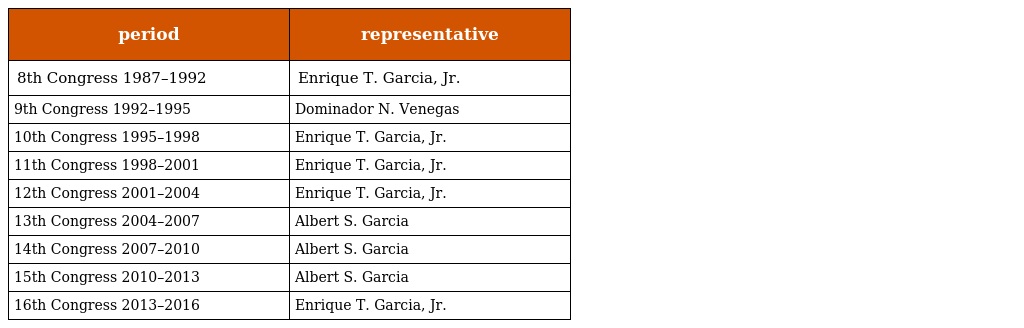
| period | representative |
 | --- | --- |
 | 8th Congress 1987–1992 | Enrique T. Garcia, Jr. |
 | 9th Congress 1992–1995 | Dominador N. Venegas |
 | 10th Congress 1995–1998 | Enrique T. Garcia, Jr. |
 | 11th Congress 1998–2001 | Enrique T. Garcia, Jr. |
 | 12th Congress 2001–2004 | Enrique T. Garcia, Jr. |
 | 13th Congress 2004–2007 | Albert S. Garcia |
 | 14th Congress 2007–2010 | Albert S. Garcia |
 | 15th Congress 2010–2013 | Albert S. Garcia |
 | 16th Congress 2013–2016 | Enrique T. Garcia, Jr. |